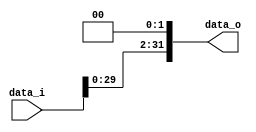
//0312236  0312241 
//Subject:      CO project 4
//--------------------------------------------------------------------------------
//Version:     1
//--------------------------------------------------------------------------------
//Description: 
//--------------------------------------------------------------------------------

module Shift_Left_Two_32(
    data_i,
    data_o
    );

//I/O ports                    
input [32-1:0] data_i;
output [32-1:0] data_o;

wire   [32-1:0] data_o;

//shift left 2
assign data_o = {data_i[29:0], 2'b00};  
  
endmodule